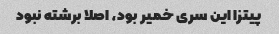
پیتزا این سری خمیر بود، اصلا برشته نبود